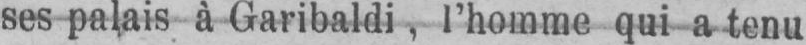
ses palais à Garibaldi, l’homme qui a tenu